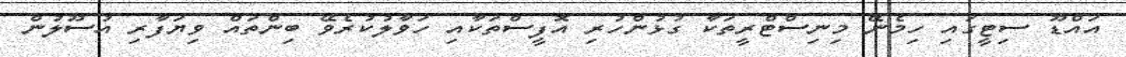
އައްޑޫ ސިޓީގައި ހިމެނޭ މިނިސްޓްރީތަކާ ގުޅުންހުރި އޮފީސްތަކާއި ހަވާލުކުރެވޭ ބިންތައް ވިޔަފާރި އުސޫލުން